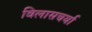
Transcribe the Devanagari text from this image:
विलासचर्या